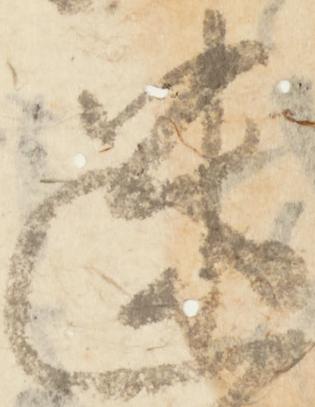
迷